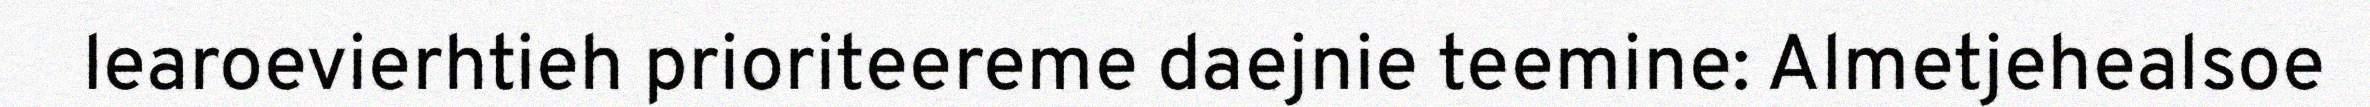
learoevierhtieh prioriteereme daejnie teemine: Almetjehealsoe